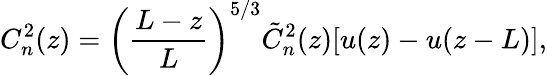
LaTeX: C_{n}^{2}(z)=\left(\frac{L-z}{L}\right)^{5/3}\tilde{C}_{n}^{2}(z)[u(z)-u(z-L)],